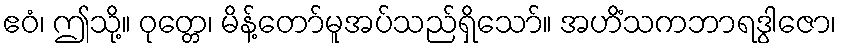
ဧဝံ၊ ဤသို့။ ဝုတ္တေ၊ မိန့်တော်မူအပ်သည်ရှိသော်။ အဟိံသကဘာရဒွါဇော၊